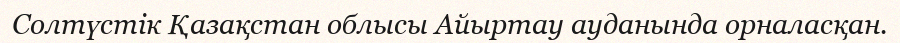
Солтүстік Қазақстан облысы Айыртау ауданында орналасқан.